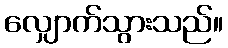
လျှောက်သွားသည်။